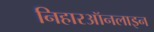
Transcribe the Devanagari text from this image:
निहारऑनलाइन